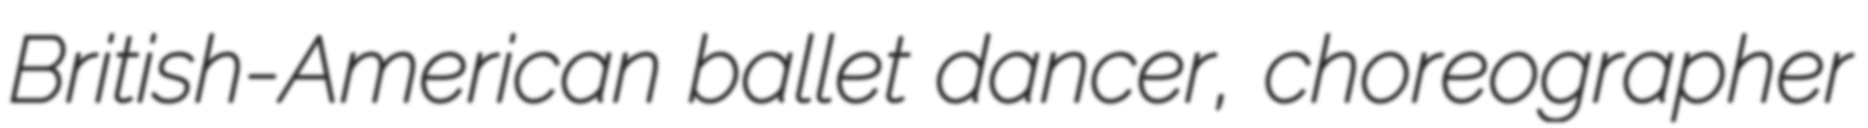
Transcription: British-American ballet dancer, choreographer